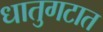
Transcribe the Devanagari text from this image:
धातुगटात